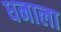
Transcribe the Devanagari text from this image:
धनाला